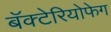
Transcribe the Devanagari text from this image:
बॅक्टेरियोफेग